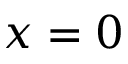
x = 0